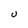
Character: U